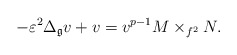
\begin{align*}-\varepsilon^{2}\Delta_{\mathfrak{g}}v+v=v^{p-1}M\times_{f^{2}}N. \end{align*}